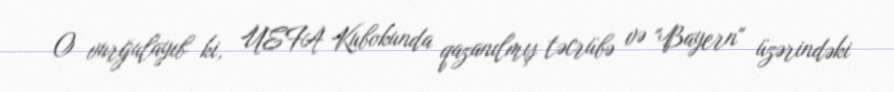
O vurğulayıb ki, UEFA Kubokunda qazanılmış təcrübə və "Bayern" üzərindəki